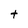
Character: t